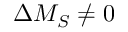
\Delta M _ { S } \neq 0